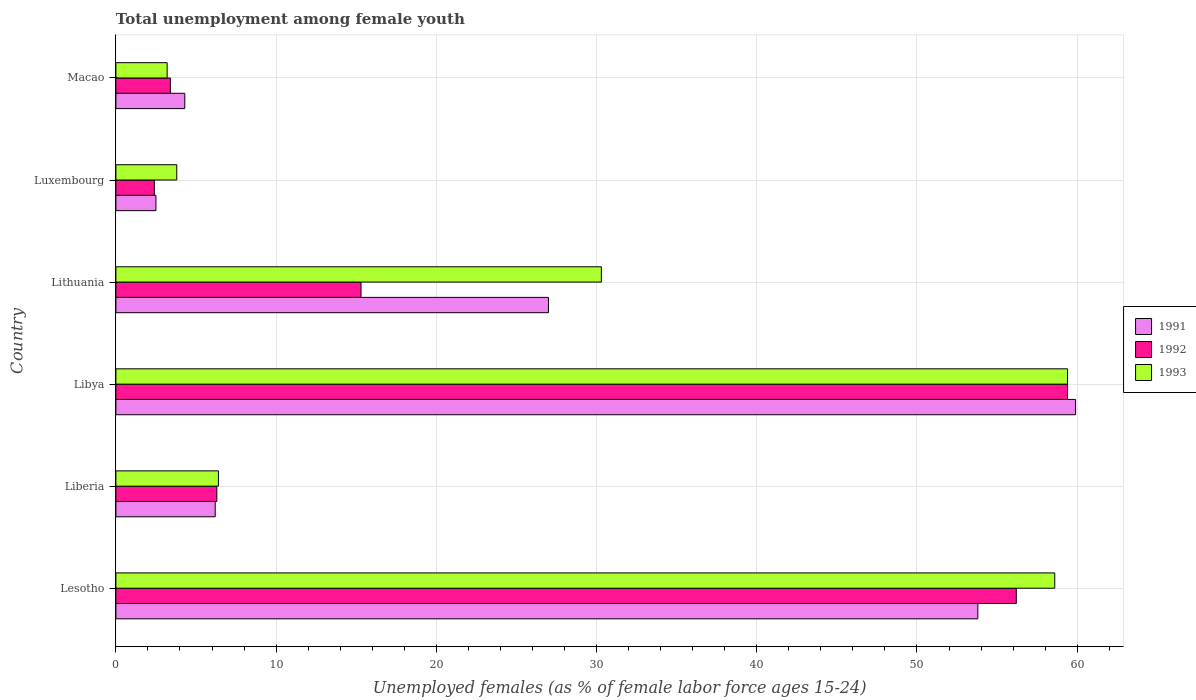
| Country | 1991 | 1992 | 1993 |
 | --- | --- | --- | --- |
 | Lesotho | 53.8 | 56.2 | 58.6 |
 | Liberia | 6.2 | 6.3 | 6.4 |
 | Libya | 59.9 | 59.4 | 59.4 |
 | Lithuania | 27 | 15.3 | 30.3 |
 | Luxembourg | 2.5 | 2.4 | 3.8 |
 | Macao | 4.3 | 3.4 | 3.2 |